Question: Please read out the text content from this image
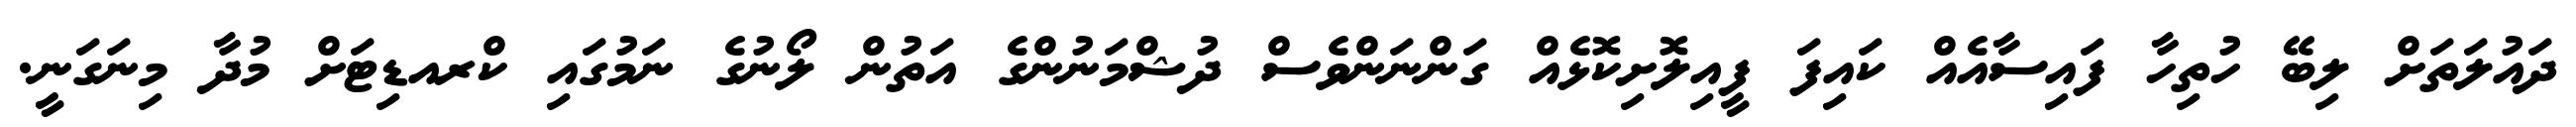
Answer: ދައުލަތަށް ލިބޭ ހުތިހާ ފައިސާއެއް ކައިފަ ފީއިލޮށިކޮޅެއް ގަންނަންވެސް ދުޝްމަނުންގެ އަތުން ލޯނުގެ ނަމުގައި ކްރއޑިޓަށް މުދާ މިނަގަނީ.